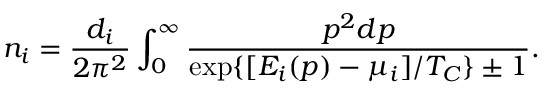
n _ { i } = \frac { d _ { i } } { 2 \pi ^ { 2 } } \int _ { 0 } ^ { \infty } \frac { p ^ { 2 } d p } { \exp \{ [ E _ { i } ( p ) - \mu _ { i } ] / T _ { C } \} \pm 1 } .